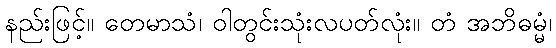
နည်းဖြင့်။ တေမာသံ၊ ဝါတွင်းသုံးလပတ်လုံး။ တံ အဘိဓမ္မံ၊